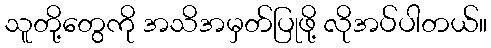
သူတို့တွေကို အသိအမှတ်ပြုဖို့ လိုအပ်ပါတယ်။